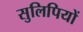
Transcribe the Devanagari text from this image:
सुलिपियों